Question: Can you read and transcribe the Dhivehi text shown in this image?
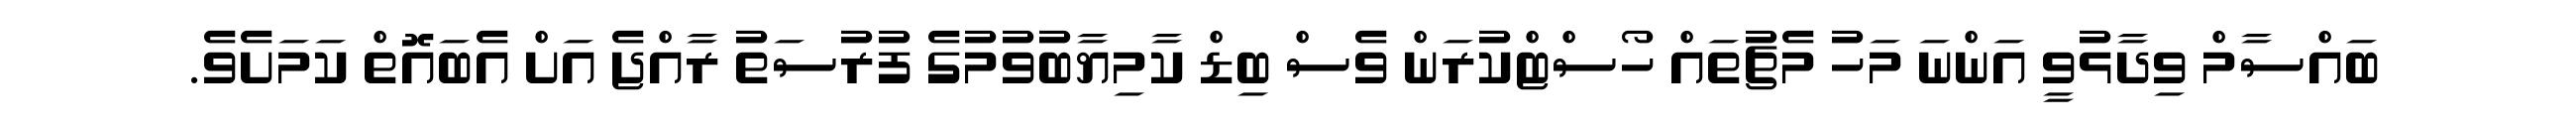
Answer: ބައްސާމް ވިދާޅުވީ އަންނަ މަހު މެޗުތައް ހޯސްޓްކުރަން ވެސް ބިޑް ކާމިޔާބުވުމުގެ ފުރުސަތު ރާއްޖެ އަށް އެބައޮތް ކަމަށެވެ.